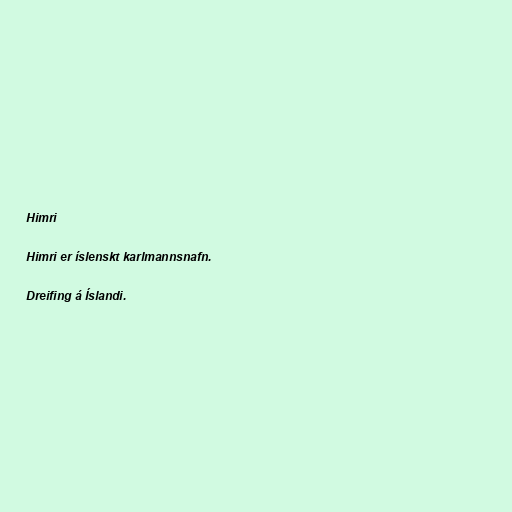
Himri

Himri er íslenskt karlmannsnafn.

Dreifing á Íslandi.